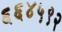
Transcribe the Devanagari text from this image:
६६४५९२